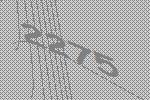
2275